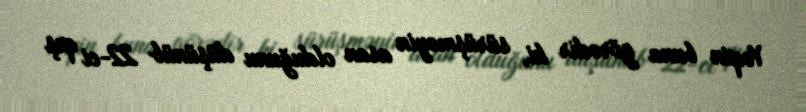
Yəqin buna görədir ki, sürüşməyin asan olduğunu düşünüb 22-ci qış